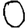
Digit: 0